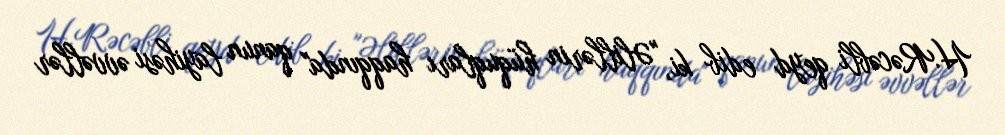
H.Rəcəbli qeyd edib ki, "Əlillərin hüquqları haqqında" qanun layihəsi əvvəllər